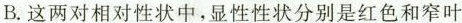
B.这两对相对性状中，显性性状分别是红色和窄叶